Medical and sanitary report of the native army of Bengal for the year
Year: 1875
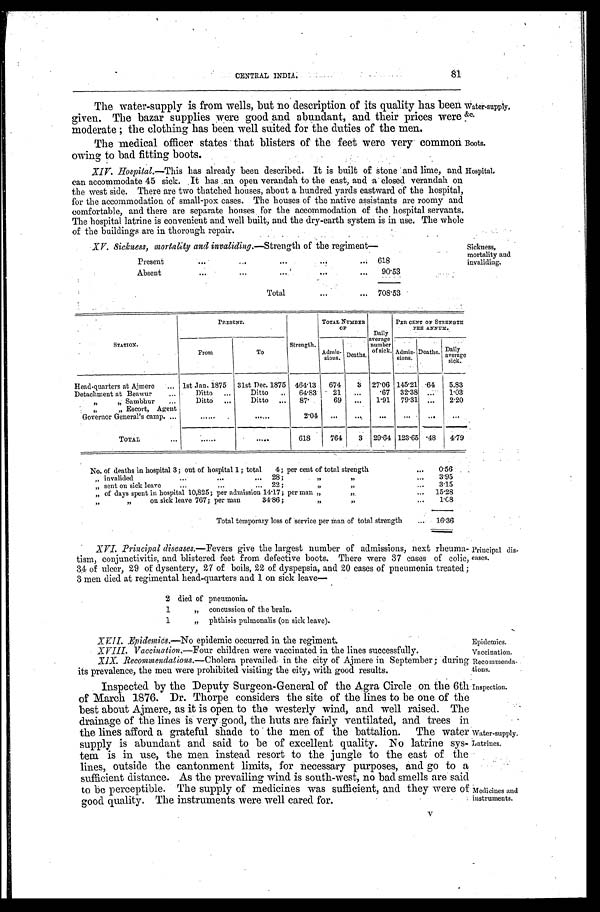
Water-supply,
&c.
Boots.
Principal dis
-eases.
Epidemics.
Vaccination.
Recommenda
-tions.
Inspection.
Water-supply.
Latrines.
Medicines and
instruments.
81
CENTRAL INDIA.
The water-supply is from wells, but no description of its quality has been
given. The bazar supplies were good and abundant, and. their prices were
moderate; the clothing has been well suited for the duties of the men.
The medical officer states that blisters of the feet were very commot
owing to bad fitting boots.
XIV. Hospital.—This has already been described. It is built of stone and lime, and
can accommodate 45 sick. ,It has ,an open verandah to the east, and a closed verandah on
the west side. There are two thatched houses, about a hundred yards eastward of the hospital,
for the accommodation of small-pox cases. The houses of the native assistants are roomy and
comfortable, and there are separate houses for the accommodation of the hospital servants.
The hospital latrine is convenient and well built, and the dry-earth system is in use. The whole
of the buildings are in thorough repair.
Hospital.
XV. Sickness, mortality and invaliding .—Strength of the regiment—
Present . . .
618
Absent . . .
90.53
Total . . . 708.53
Sickness,
mortality and
invaliding.
STATION.
PRESENT.
Strength.
TOTAL NUMBER
OF
Dai l y aversge
number
of sick.
PER CENT OF STRENGTH
PEE ANNUM.
From
To
A d m i s -
sions. Deaths.
Admis-
sions.
Deaths. Daily
average
sick.
Head-quarters at Ajmere . . .
1st Jan. 1875
31st Dec. 1875 464.13
674
3 27.06 145.21
.64
5.83
Detachment at Beawur . . .
Ditto . . .
Ditto . . .
6 4 . 8 3
21
. . .
.67 32.38
. . .
1.03
" "Sambhur . . .
Ditto . . .
Ditto . . .
87.
69
. . .
1.91 79.31
. . .
2.20
" " Escort, Agent
Governor General's camp. . . .
. . .
. . .
2 . 0 4
. . .
. . . . . .
. . . . . .
. . .
TOTAL . . .
. . .
. . . 618
764
3 29.64 123.65 .48
4.79
No. of deaths in hospital 3; out of hospital 1; total 4; per cent of total strength . . .
0.56
"
i n v a l i d e d . . . 2 8 ; " " . . .
3.95
" sent on sick leave . . . 22; " " . . .
3.15
" o f d a s y s s o e n t i n h o s p i t a l 1 0 , 8 2 5 ; p e r a d m i s s i o n 1 4 . 1 7 ; p e r m a n " " . . .
15.28
" " on sick leave 767; per man 34.86; " "
1.08
Total temporary loss of service per man of total strength . . .
16.36
XVI. Principat diseases .—Fevers give the largest number of admissions, next rheuma
-tism, conjunctivitis, and blistered feet from defective boots. There were 37 cases of colic,
34 of ulcer, 29 of dysentery, 27 of boils, 22 of dyspepsia, and 20 cases of pneumonia treated;
3 men died at regimental head-quarters and 1 on sick leave—
2 died of pneumonia.
1 " concussion of the brain.
1 " phthisis pulmonalis (on sick leave).
XVII. Epidemics .—No epidemic occurred in the regiment.
XVIII. Vaccination .—Four children were vaccinated in the lines successfully.
XIX. Reconunendations .—Cholera prevailed in the city of Ajmere in September; during
its prevalence, the men were prohibited visiting the city, with good results.
Inspected by the Deputy Surgeon-General of the Agra Circle on the 6th
of March 1876. Dr. Thorpe considers the site of the lines to be one of the
best about Ajmere, as it is open to the westerly wind, and well raised. The
drainage of the lines is very good, the buts are fairly ventilated, and trees in
the lines afford a grateful shade to the men of the battalion. The water
supply is abundant and said to be of excellent quality. No latrine sys
-tem is in use, the men instead resort to the jungle to the east of the
lines, outside the cantonment limits, for necessary purposes, and go to a
sufficient distance. As the prevailing wind is south-west, no bad smells are said
to be perceptible. The supply of medicines was sufficient, and they were of
good quality. The instruments were well cared for.